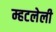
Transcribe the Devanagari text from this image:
म्हटलेली